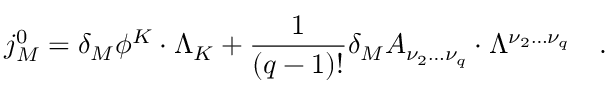
j _ { M } ^ { 0 } = \delta _ { M } \phi ^ { K } \cdot \Lambda _ { K } + \frac 1 { \left( q - 1 \right) ! } \delta _ { M } A _ { \nu _ { 2 } \ldots \nu _ { q } } \cdot \Lambda ^ { \nu _ { 2 } \ldots \nu _ { q } } \quad .